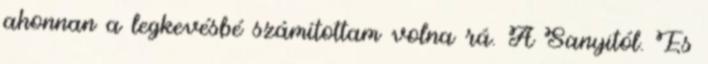
ahonnan a legkevésbé számítottam volna rá. A Sanyitól. És